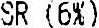
SR (6%)